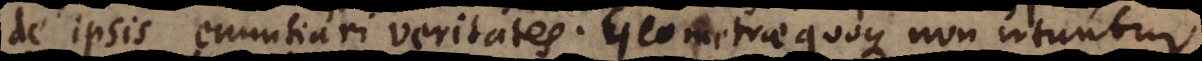
de ipsis enuntiari veritates. Geometrae quoque non utuntur